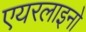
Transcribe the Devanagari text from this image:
एयरलाइनो